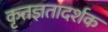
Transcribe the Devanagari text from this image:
कृतज्ञतादर्शक